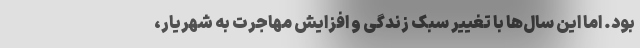
بود. اما این سال‌ها با تغییر سبک زندگی و افزایش مهاجرت به شهریار،